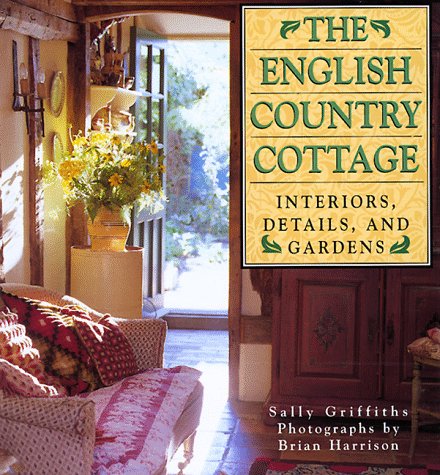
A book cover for English Country Cottage: Interiors, Details & Gardens; Sally Griffiths; Crafts, Hobbies & Home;